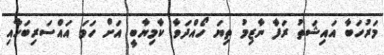
މަރުހަބާ އައިޝަތު ރަފާ ނާޒިމު ތިޔަ ހޯއްދަވާ ކާމިޔާބީ އަށް ހަމަ އައްސަރިބަހާއި